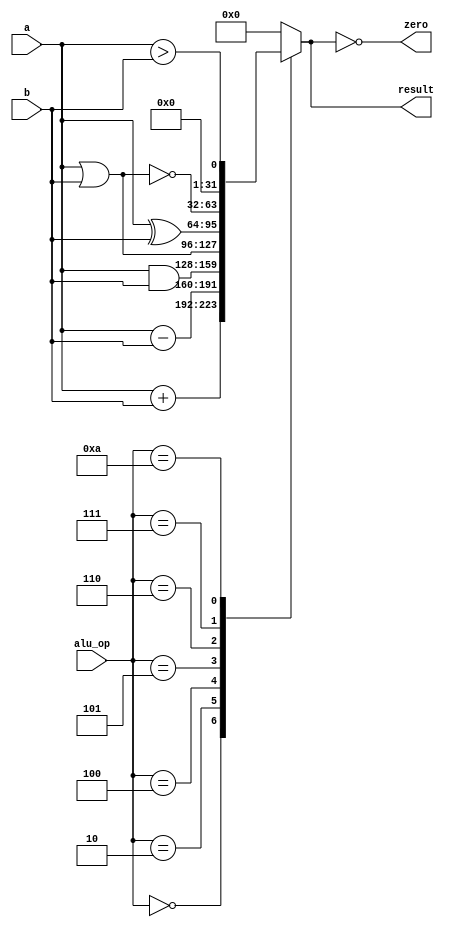
module alu (
  input [31:0] a,
  input [31:0] b,
  input [3:0] alu_op,
  output reg [31:0] result,
  output reg zero
);
  always @(*) begin
    case (alu_op)
      4'b0000: result = a + b;
      4'b0010: result = a - b;
      4'b0100: result = a & b;
      4'b0101: result = a | b;
      4'b0110: result = a ^ b;
      4'b0111: result = ~(a | b);
      4'b1010: result = $signed(a) > $signed(b);
      default: result = 32'b0;
    endcase
    zero = result == 32'b0;
  end
endmodule